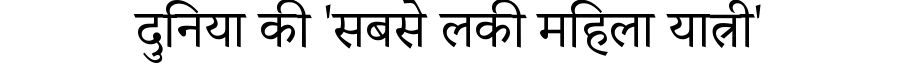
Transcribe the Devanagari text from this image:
दुनिया की 'सबसे लकी महिला यात्री'